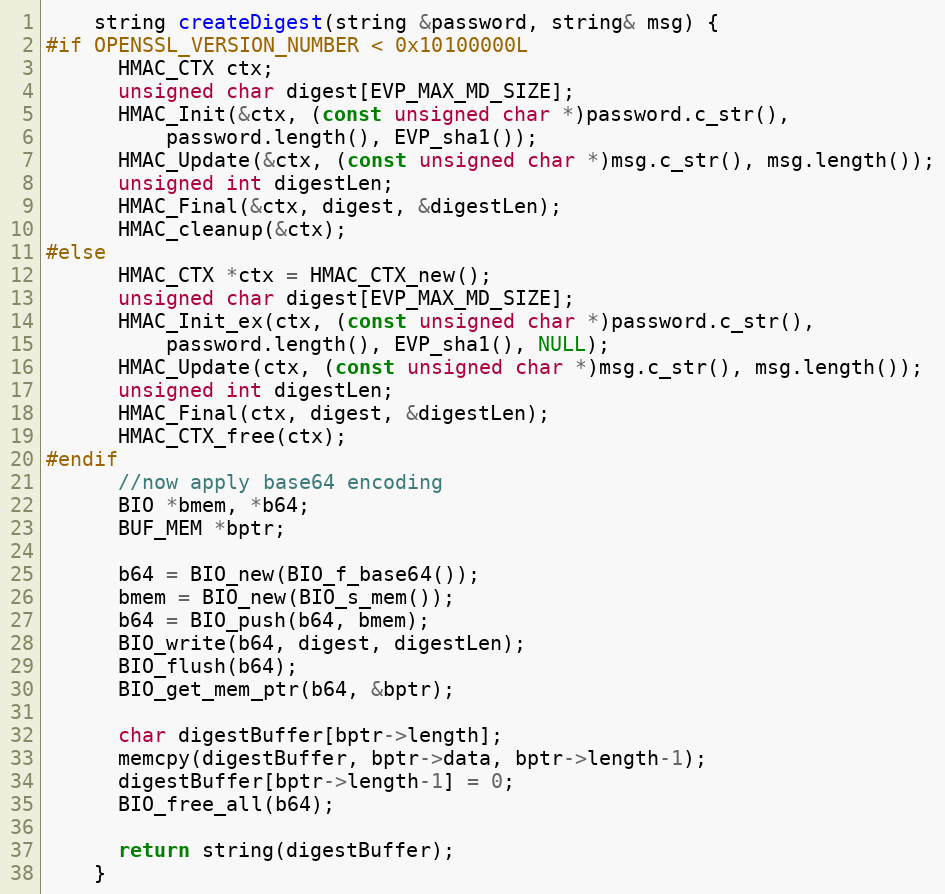
Language: C++
    string createDigest(string &password, string& msg) {
#if OPENSSL_VERSION_NUMBER < 0x10100000L
      HMAC_CTX ctx;
      unsigned char digest[EVP_MAX_MD_SIZE];
      HMAC_Init(&ctx, (const unsigned char *)password.c_str(),
          password.length(), EVP_sha1());
      HMAC_Update(&ctx, (const unsigned char *)msg.c_str(), msg.length());
      unsigned int digestLen;
      HMAC_Final(&ctx, digest, &digestLen);
      HMAC_cleanup(&ctx);
#else
      HMAC_CTX *ctx = HMAC_CTX_new();
      unsigned char digest[EVP_MAX_MD_SIZE];
      HMAC_Init_ex(ctx, (const unsigned char *)password.c_str(),
          password.length(), EVP_sha1(), NULL);
      HMAC_Update(ctx, (const unsigned char *)msg.c_str(), msg.length());
      unsigned int digestLen;
      HMAC_Final(ctx, digest, &digestLen);
      HMAC_CTX_free(ctx);
#endif
      //now apply base64 encoding
      BIO *bmem, *b64;
      BUF_MEM *bptr;

      b64 = BIO_new(BIO_f_base64());
      bmem = BIO_new(BIO_s_mem());
      b64 = BIO_push(b64, bmem);
      BIO_write(b64, digest, digestLen);
      BIO_flush(b64);
      BIO_get_mem_ptr(b64, &bptr);

      char digestBuffer[bptr->length];
      memcpy(digestBuffer, bptr->data, bptr->length-1);
      digestBuffer[bptr->length-1] = 0;
      BIO_free_all(b64);

      return string(digestBuffer);
    }